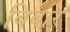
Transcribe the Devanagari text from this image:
बिबार